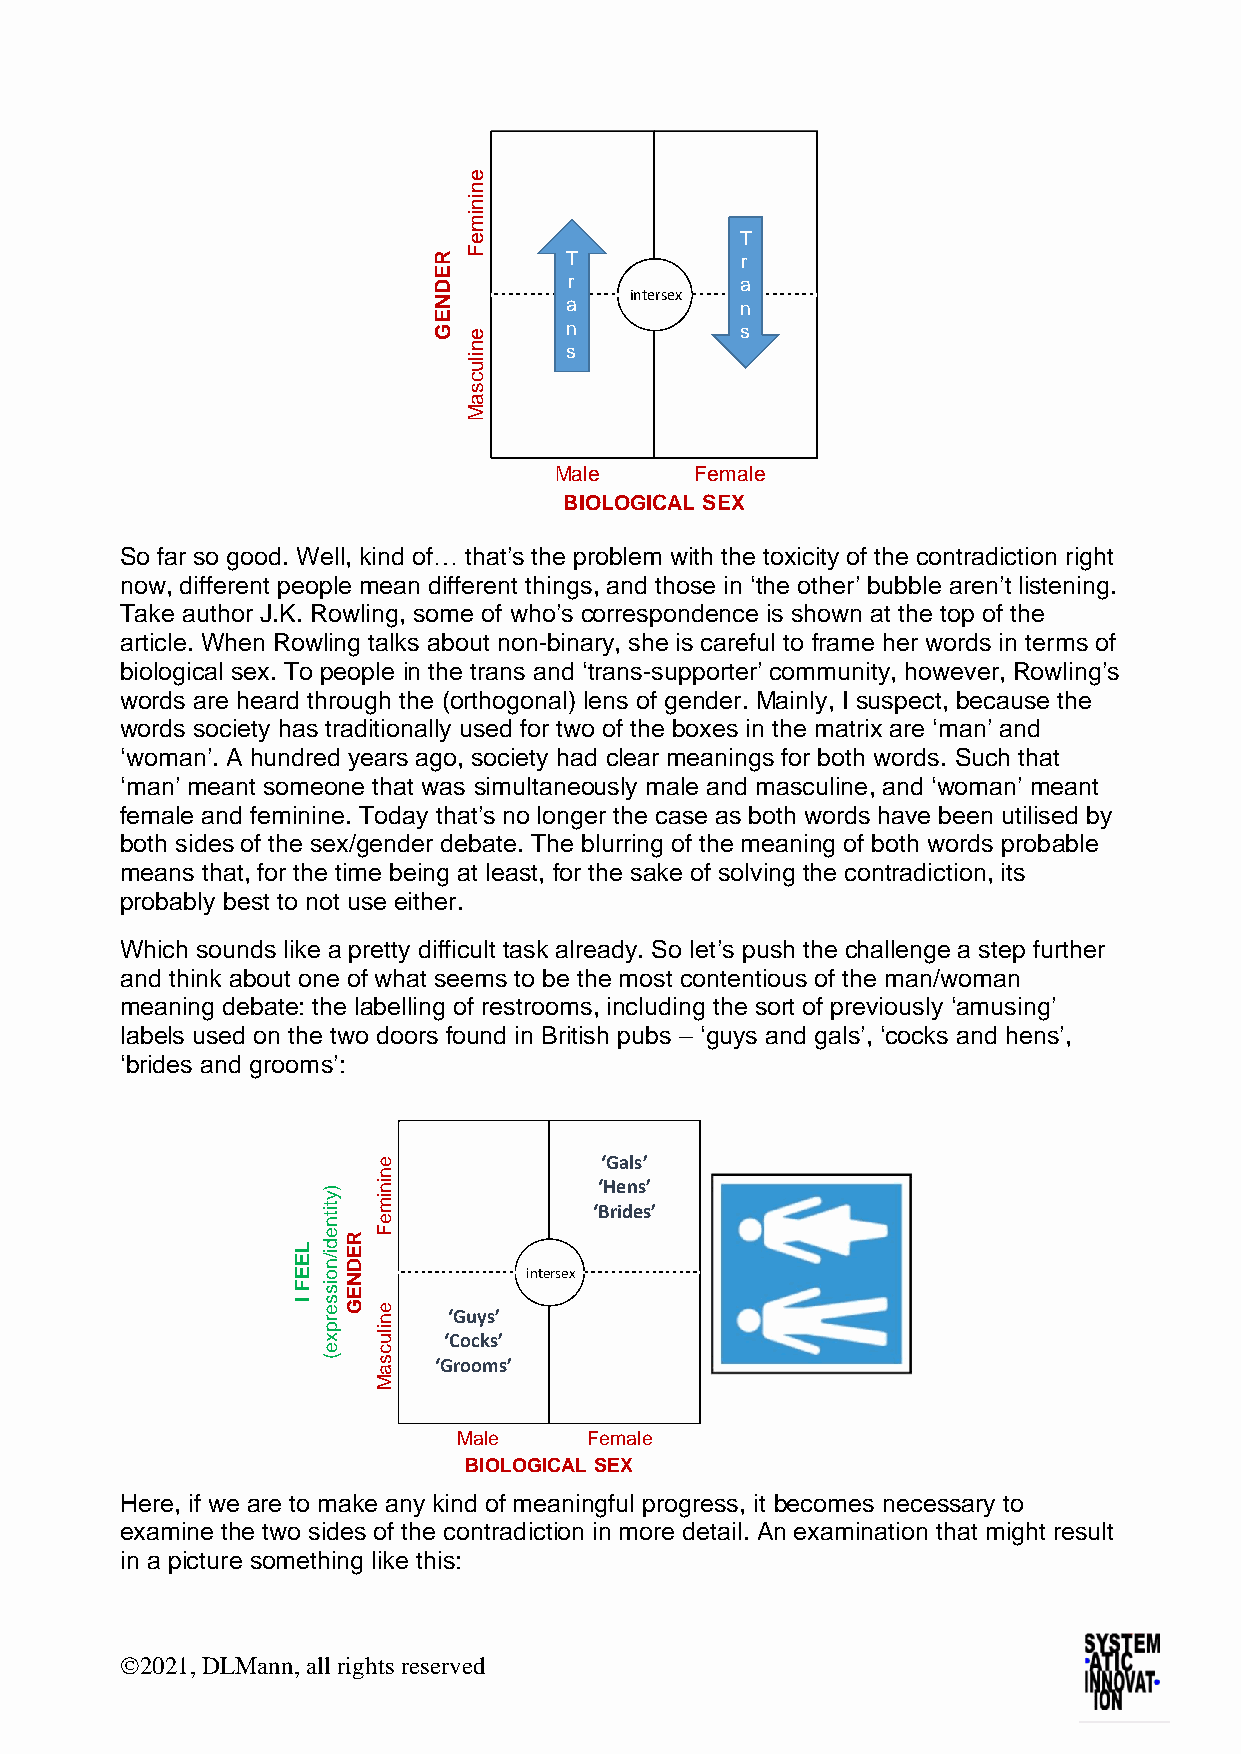
So far so good. Well, kind of… that’s the problem with the toxicity of the contradiction right
 now, different people mean different things, and those in ‘the other’ bubble aren’t listening.
 Take author J.K. Rowling, some of who’s correspondence is shown at the top of the
 article. When Rowling talks about non-binary, she is careful to frame her words in terms of
 biological sex. To people in the trans and ‘trans-supporter’ community, however, Rowling’s
 words are heard through the (orthogonal) lens of gender. Mainly, I suspect, because the
 words society has traditionally used for two of the boxes in the matrix are ‘man’ and
 ‘woman’. A hundred years ago, society had clear meanings for both words. Such that
 ‘man’ meant someone that was simultaneously male and masculine, and ‘woman’ meant
 female and feminine. Today that’s no longer the case as both words have been utilised by
 both sides of the sex/gender debate. The blurring of the meaning of both words probable
 means that, for the time being at least, for the sake of solving the contradiction, its
 probably best to not use either.
 Which sounds like a pretty difficult task already. So let’s push the challenge a step further
 and think about one of what seems to be the most contentious of the man/woman
 meaning debate: the labelling of restrooms, including the sort of previously ‘amusing’
 labels used on the two doors found in British pubs – ‘guys and gals’, ‘cocks and hens’,
 ‘brides and grooms’:
 e              ‘Gals’
 n
 )   in             ‘Hens’
 y
 titn
 im
 e
 ‘Brides’
 L E
 E
 F
 I
 e
 d i/n
 o
 is
 s e
 rR
 E D
 N
 E
 G
 F
 e n  ‘Guys’
 intH
 e Ersex
 p
 x
 ilu
 ‘Cocks’
 e   c
 (   s   ‘Grooms’
 a
 M
 Male     Female
 BIOLOGICAL SEX
 Here, if we are to make any kind of meaningful progress, it becomes necessary to
 examine the two sides of the contradiction in more detail. An examination that might result
 in a picture something like this:
 ©2021, DLMann, all rights reserved
 REDNEG
 eninimeF
 enilucsaM
 M
 Trans
 a
 B
 le
 IO
 Hin
 te rse xE
 F
 L O G IC A L
 e
 S
 m
 E X
 Trans
 a le